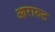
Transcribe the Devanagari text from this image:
आरारुट